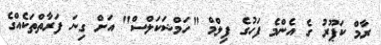
ރާމް ކަޕޫރު ގެ އެންމެ ފަހުގެ ފިލްމް "ހަމްޝަކަލްސް" އަށް ގިނަ ފަރާތްތަކެއްގެ